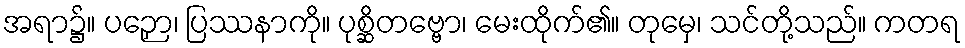
အရာ၌။ ပဉှော၊ ပြဿနာကို။ ပုစ္ဆိတဗ္ဗော၊ မေးထိုက်၏။ တုမှေ၊ သင်တို့သည်။ ကတရ